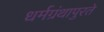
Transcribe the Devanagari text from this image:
धर्मग्रंथापुरते